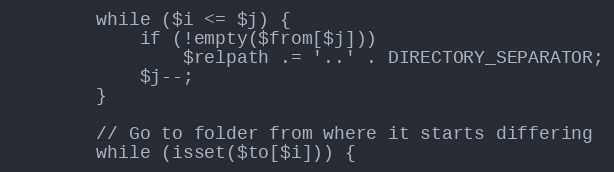
Language: PHP
        while ($i <= $j) {
            if (!empty($from[$j]))
                $relpath .= '..' . DIRECTORY_SEPARATOR;
            $j--;
        }

        // Go to folder from where it starts differing
        while (isset($to[$i])) {